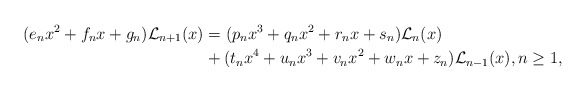
\begin{align*}(e_nx^2+f_nx+g_n)\mathcal{L}_{n+1}(x)&=(p_nx^3+q_nx^2+r_nx+s_n)\mathcal{L}_n(x) \\ &+(t_nx^4+u_nx^3+v_nx^2+w_nx+z_n)\mathcal{L}_{n-1}(x), n\geq 1,\end{align*}